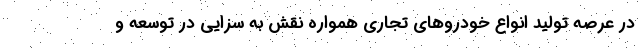
در عرصه تولید انواع خودروهای تجاری همواره نقش به سزایی در توسعه و